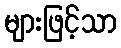
များဖြင့်သာ